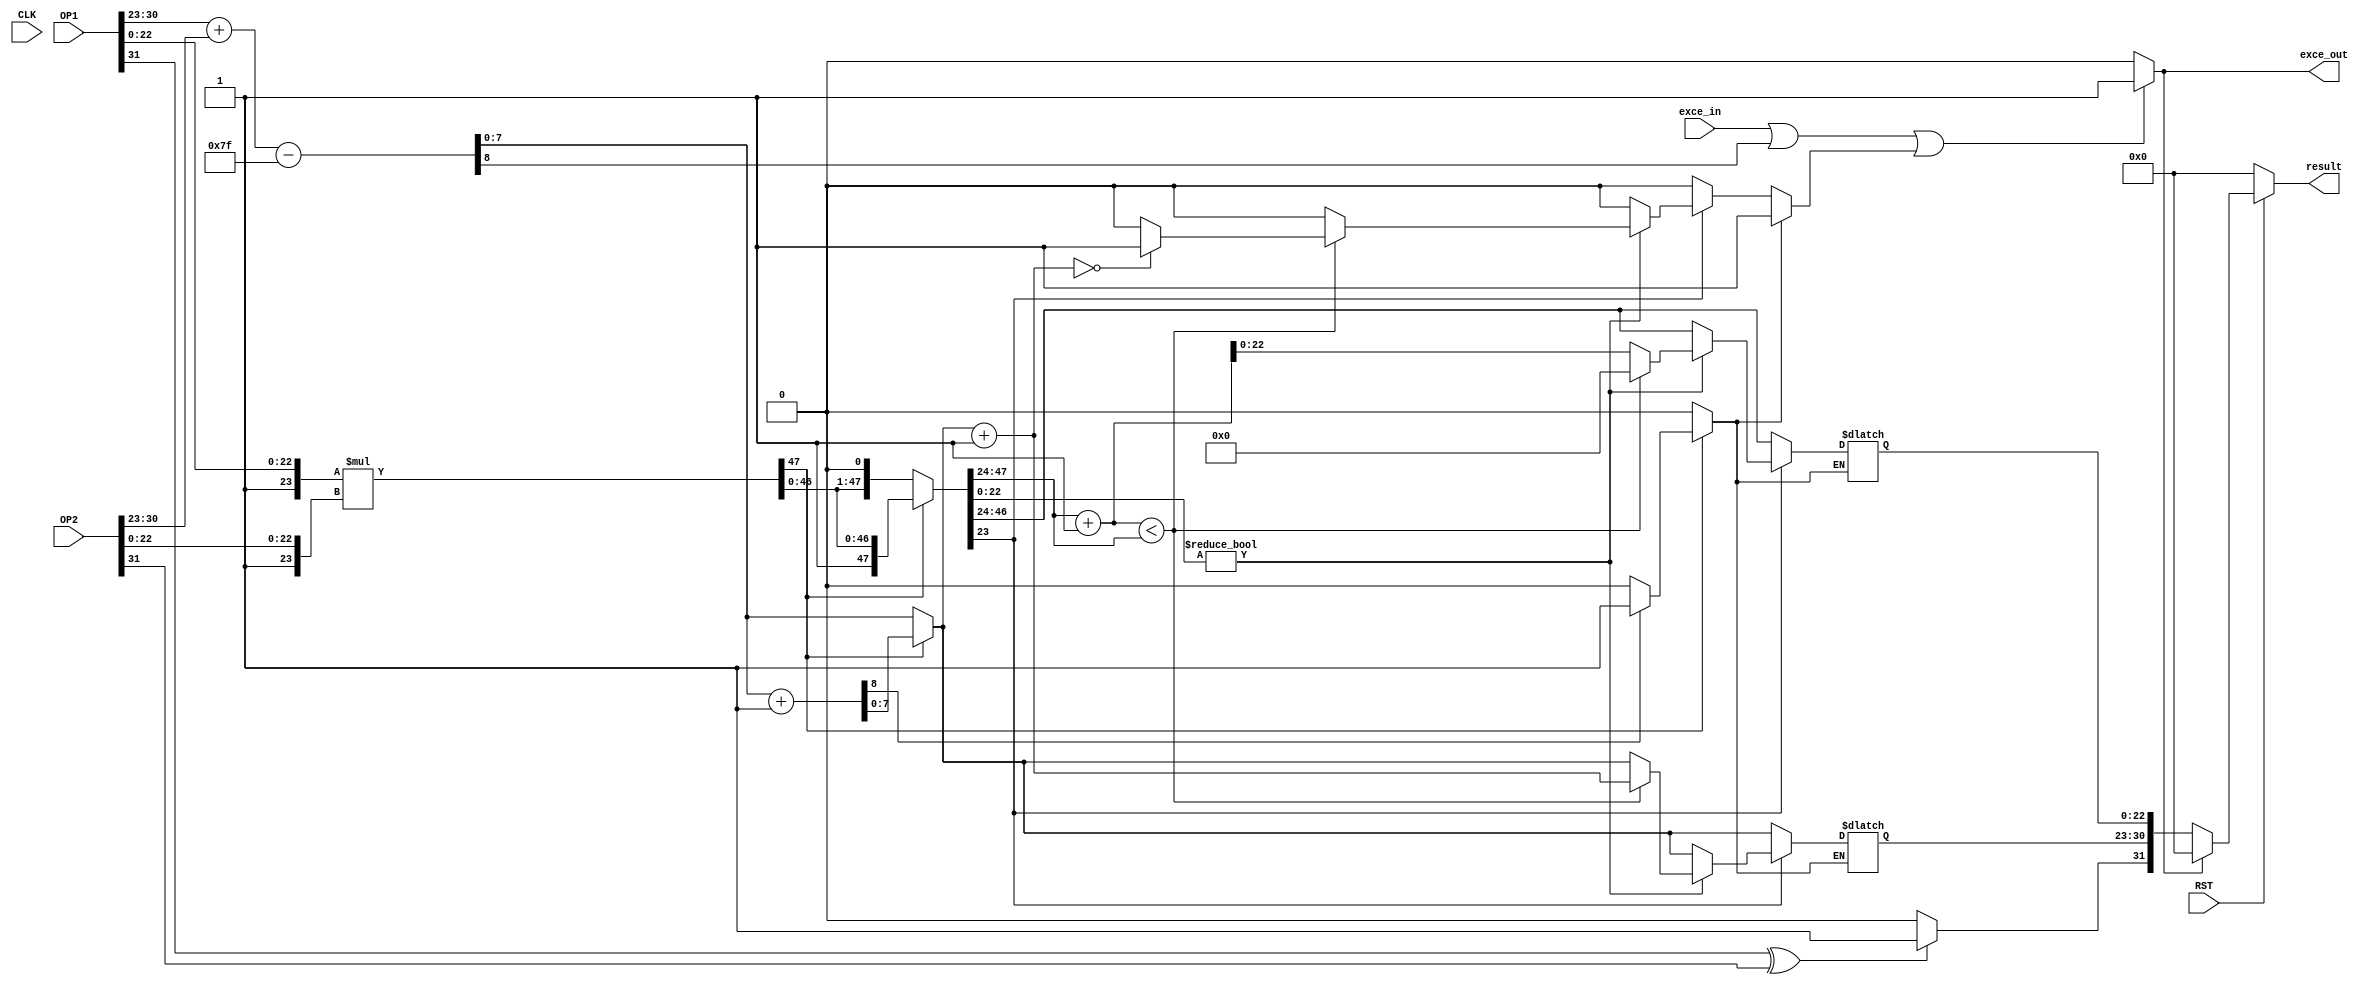
module multiplier_float
				#(parameter 		  WIDTH = 32,					 //The total bits of the inputs
										  WIDTH_exp = 8,				 //The bitwidth of the exponent part
										  WIDTH_mat = 23)				 //The bitwidth of the mantissa part
				( input 				  CLK,							 //clock				 
										  RST,							 //negative reset
				  input [WIDTH-1:0] OP1,							 //input1
										  OP2,							 //input2
				  input 			 exce_in,							 //execption in signal
				  output reg 	exce_out,							 //exception out
				  output reg [WIDTH_mat+WIDTH_exp:0] result); //final result, width is mantissa part + exponent part + sign bit

/////////////////////////////////  ----- Function Deginition -----  ///////////////////////////////////////////////////
function integer log2;				// calculate log2(n)
	input integer n;					// always be used to calculate the minimal address bits of a signal array
	begin
		log2 = 0;
		while (2**log2<n) begin
			log2 = log2 + 1;
		end
	end
endfunction
////////////////////////////////////////////////////////////////////////////////////////////////////////////////////////

// ----------------------------------------------------------------------------------------------------------------- //
// ----------------------------------------------------- exponents  ------------------------------------------------ //
// ***************************
reg [WIDTH_exp:0]   sum_exp;									//sum of exponent with one bit wider than the exponent of operands
reg [WIDTH_exp-1:0] BIAS = (2**(WIDTH_exp-1))-1;		//calculate the bias
// ***************************
//fetch out the exponent part and subtract the BIAS
always @* begin
	sum_exp <= OP1[WIDTH-2:WIDTH-(WIDTH_exp+1)] + OP2[WIDTH-2:WIDTH-(WIDTH_exp+1)] - BIAS;  // - ((2**(WIDTH_exp-1))-1)
end
// --------------------------------------------------------------------------------------------------------- //

// ------------------------------------------------- Mantissas  -------------------------------------------- //
// ***************************
localparam WIDTH_mm  = (WIDTH_mat+1)*2; 		//width of the product of the two mantissas
localparam WIDTH_poi = log2(WIDTH_mm);	 		//find the minimal bitwith of the pointer used below
reg [WIDTH_mm-1 :0]  mul_mat;				 		//store the product of the two mantissas
reg [WIDTH_poi-1:0] 	pointer;				 		//used for pointing to the first one on the left
reg [WIDTH_exp  :0]  tmp_exp;				 		//store the reuslt after multiplier the mantissa and has some effects on exponent
reg 						exception;			 		//exception signal
reg [WIDTH_mm-1 :0]  tmp_mat;
reg [WIDTH_mat  :0]  tmp_mat_r;  		 		//Store the mantissa value after rounding, 
															//width is 1 bit more than final, 1 bit larger than tmp_mat, for deducing the rounding bit
reg [WIDTH_exp-1:0]  tmp_exp_r;			 		//Store the exponent value after normalizing
//reg [WIDTH_mat	 :0]  mantissa1, mantissa2;	//variable to store the appended 1 mantissa
// ***************************
// exception out will be set to 1 when exception in is 1 or exponent part is out of bound after calculation
always @* begin
	mul_mat = {1'b1, OP1[WIDTH_mat-1:0]} * {1'b1, OP2[WIDTH_mat-1:0]};

// ---------------------------------------- Normalization & Rounding  -------------------------------------- //
// ******* Normalization ******** 	
	if (mul_mat[WIDTH_mm-1] == 1'b1) begin										 		// [A]
		tmp_exp = sum_exp[WIDTH_exp-1:0] + 1;
		tmp_mat = mul_mat;
		if(tmp_exp[WIDTH_exp]==1'b1)
			exception = 1;
		else
			exception = 0;
	end
	else begin 																		 	 		 // [A] mul_mat[WIDTH_mm-2] == 1'b1
		tmp_exp = sum_exp[WIDTH_exp-1:0];
		tmp_mat = mul_mat << 1;	
		exception = 0;		
	end																				   		 // [A] 
// *******************************
// ******* Rounding **************
// ----  Round to nearnest ---- //
	if (exception==1'b0) begin

		if (tmp_mat[WIDTH_mm-(WIDTH_mat+1)-1]==1'b1) begin					 		 //round bit  == 1
			if(tmp_mat[WIDTH_mm-(WIDTH_mat+1)-2:0]!=0) begin				 		 //sticky bit == 1
				tmp_mat_r = tmp_mat[WIDTH_mm-1:WIDTH_mm-(WIDTH_mat+1)] + 1;		 //the width of tmp_mat_r is one larger WIDTH_mat
				// ** if there is an overflow on the mantissa, change it back and add 1 to the exponent
				if (tmp_mat_r<tmp_mat[WIDTH_mm-1:WIDTH_mm-(WIDTH_mat+1)]) begin //[C] out of bond, overflow happens
					tmp_exp_r = tmp_exp[WIDTH_exp-1:0] + 1;					 //exponent add 1
					tmp_mat_r = 0;
					tmp_mat_r[WIDTH_mat] = 1'b1;
					// ** evaluate there is an overflow on the exponent, if so, exception out set to 1
					if (tmp_exp_r==0) 
						exception = 1;													 //set exception to 1
					else
						exception = 0;
				end
				else begin
					tmp_exp_r = tmp_exp[WIDTH_exp-1:0];							 //no change for exponent
				end	
			end
			else begin																	 //sticky bit == 0 
				tmp_mat_r = tmp_mat[WIDTH_mm-1:WIDTH_mm-(WIDTH_mat+1)];
				tmp_exp_r = tmp_exp[WIDTH_exp-1:0];
			end
		end
		else begin																		//round bit == 1, no change
			tmp_mat_r = tmp_mat[WIDTH_mm-1:WIDTH_mm-(WIDTH_mat+1)];
			tmp_exp_r = tmp_exp[WIDTH_exp-1:0];			
		end
	end // exception evaluation 

end //always
// --------------------------------------------------------------------------------------------------------- //

// ------------------------------------------------- exceptions  ------------------------------------------- //
// exception out will be set to 1 when exception in is 1 or exponent part is out of bound after calculation
always @* begin
	if(exce_in||sum_exp[WIDTH_exp]||exception) 
		exce_out <= 1'b1;
	else
		exce_out <= 1'b0;
end
// --------------------------------------------------------------------------------------------------------- //

//	-----------------------------------------------------------------------------------------------------
reg sign_L;			//final result's sign bit
// Sign of the result depends on wheter the signs of the two operands are the same.
// If they are the same, make sign bit as 0 else 1.
always @ * begin							
	if(OP1[WIDTH-1]^OP2[WIDTH-1])
		sign_L = 1'b1;
	else
		sign_L = 1'b0;
end
//	-----------------------------------------------------------------------------------------------------

//	-----------------------------------------------------------------------------------------------------
// Output
always @ * begin
	if(!RST)
		result <= 0;
	else if (exce_out) begin				//there is a exception in
		result <= 0;
	end
	else
		result <= {sign_L, tmp_exp_r, tmp_mat_r[WIDTH_mat-1:0]};
end
//	-----------------------------------------------------------------------------------------------------

endmodule